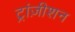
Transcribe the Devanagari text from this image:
ट्रांज़ीशन